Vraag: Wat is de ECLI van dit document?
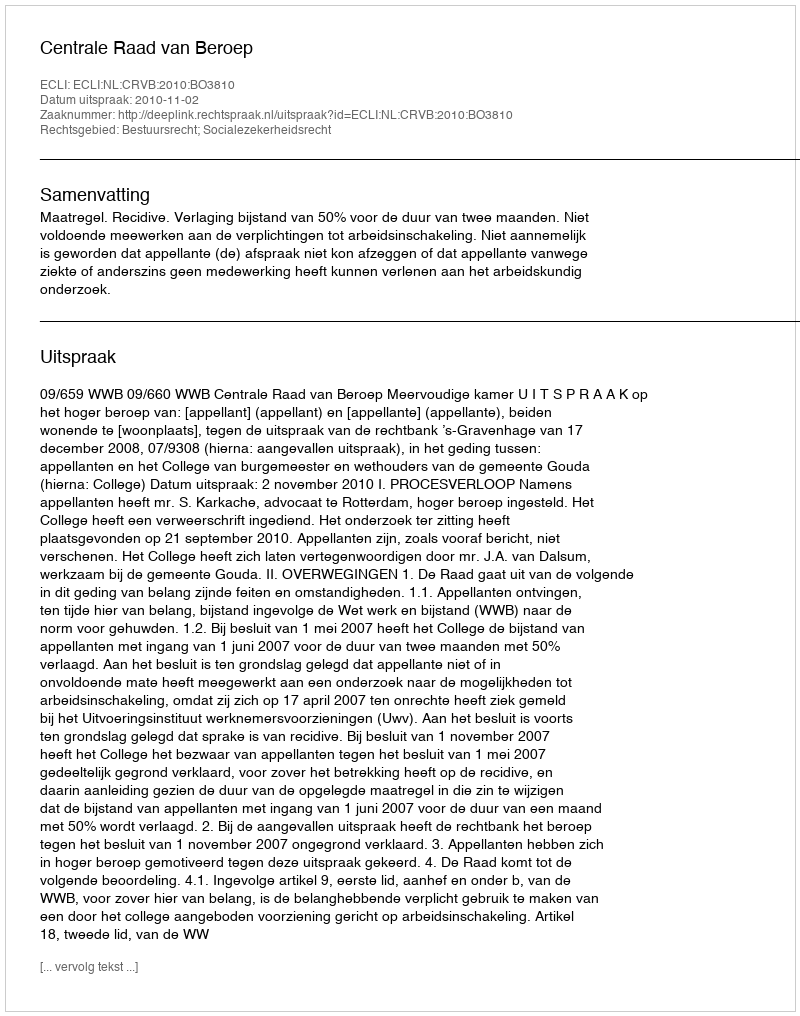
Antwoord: ECLI:NL:CRVB:2010:BO3810